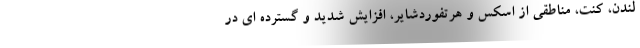
لندن، کنت، مناطقی از اسکس و هرتفوردشایر، افزایش شدید و گسترده ای در